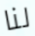
لنا